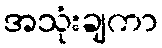
အသုံးချကာ